Annual administration report of the Civil Veterinary Department of India - 1898-1899
Year: 1898
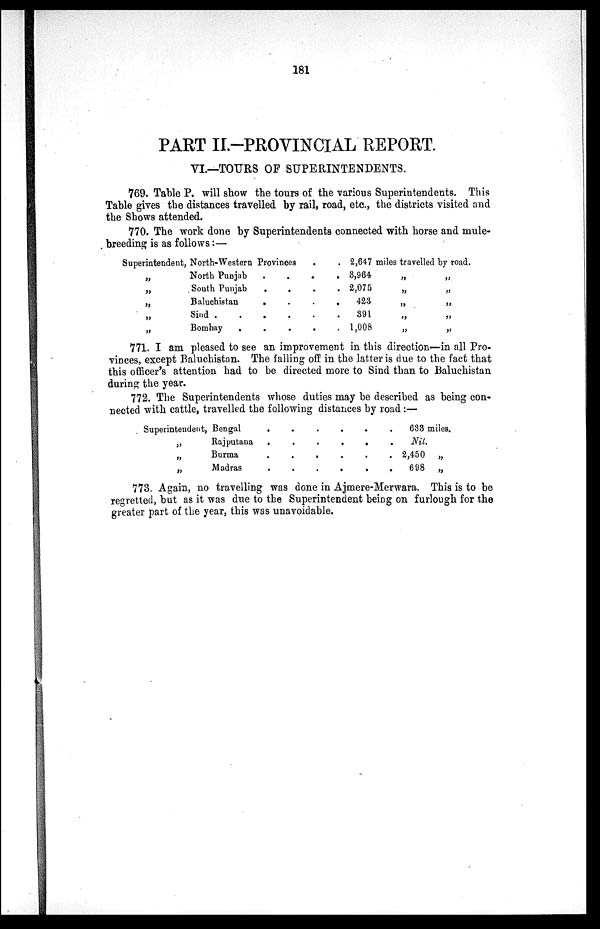
181
PART II.-PROVINCIAL REPORT.
VI.—TOURS OF SUPERINTENDENTS.
769. Table P. will show the tours of the various Superintendents. This
Table gives the distances travelled by rail, road, etc., the districts visited and
the Shows attended.
770. The work done by Superintendents connected with horse and mule-
breeding is as follows:—
Superintendent, North-Western Provinces . .
„
North Punjab . . . .
„
South Punjab . . . .
„
Baluchistan . . . .
„
Sind . . . . . .
„
Bombay . . . . .
2,647 miles travelled by road.
3,964
„
„
2,075
„
„
423
„
„
391
„
„
1,008
„
„
771. I am pleased to see an improvement in this direction—in all Pro-
vinces, except Baluchistan. The falling off in the latter is due to the fact that
this officer's attention had to be directed more to Sind than to Baluchistan
during the year.
772. The Superintendents whose duties may be described as being con-
nected with cattle, travelled the following distances by road:—
Superintendent, Bengal
„
Rajputana
„
Burma
„
Madras
633 miles.
Nil.
2,450
„
698
„
773. Again, no travelling was done in Ajmere-Merwara. This is to be
regretted, but as it was due to the Superintendent being on furlough for the
greater part of the year, this was unavoidable.